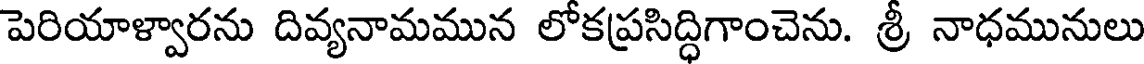
పెరియాళ్వారను దివ్యనామమున లోకప్రసిద్ధిగాంచెను. శ్రీ నాధమునులు